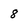
Character: 8